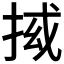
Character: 𭠵